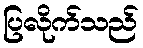
ပြလိုက်သည်